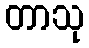
တာသု